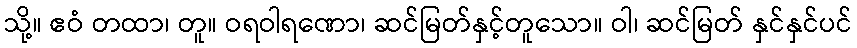
သို့။ ဧဝံ တထာ၊ တူ။ ဝရဝါရဏော၊ ဆင်မြတ်နှင့်တူသော။ ဝါ၊ ဆင်မြတ် နှင်နှင်ပင်